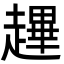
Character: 䟆